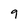
Character: 9